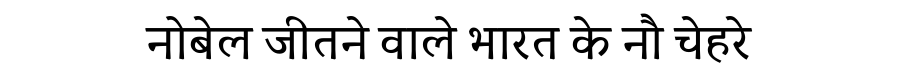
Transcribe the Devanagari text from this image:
नोबेल जीतने वाले भारत के नौ चेहरे